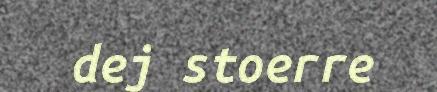
dej stoerre